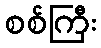
စစ်ကြီး